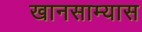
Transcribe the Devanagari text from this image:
खानसाम्यास